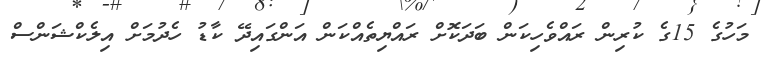
މަހުގެ 15ގެ ކުރިން ރައްވެހިކަން ބަދަކޮށް ރައްޔިތެއްކަން އަންގައިދޭ ކާޑު ހެދުމަށް އިލެކްޝަންސް